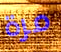
مرة